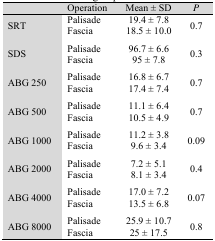
|  | Operation | Mean ± SD | P |
 | --- | --- | --- | --- |
 | SRT | PalisadeFascia | 19.4 ± 7.818.5 ± 10.0 | 0.7 |
 | SDS | PalisadeFascia | 96.7 ± 6.695 ± 7.8 | 0.3 |
 | ABG 250 | PalisadeFascia | 16.8 ± 6.717.4 ± 7.4 | 0.7 |
 | ABG 500 | PalisadeFascia | 11.1 ± 6.410.5 ± 4.9 | 0.7 |
 | ABG 1000 | PalisadeFascia | 11.2 ± 3.89.6 ± 3.4 | 0.09 |
 | ABG 2000 | PalisadeFascia | 7.2 ± 5.18.1 ± 3.4 | 0.4 |
 | ABG 4000 | PalisadeFascia | 17.0 ± 7.213.5 ± 6.8 | 0.07 |
 | ABG 8000 | PalisadeFascia | 25.9 ± 10.725 ± 17.5 | 0.8 |